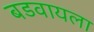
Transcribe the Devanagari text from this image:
बडवायला